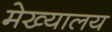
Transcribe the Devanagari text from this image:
मेख्यालय